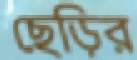
ছেড়ির